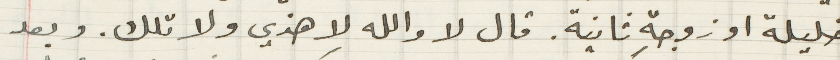
خليلة او زوجة ثانية. قال لا والله لا هذي ولا تلك. وبعد